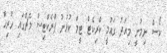
ކޯސް ނިމުނީ މިއަދު ގަައުމީ ކްރިކެޓް ޓީމް ކުޅުނު ޕްރެކްޓިސް މެޗްގައި ހުރިހާ